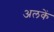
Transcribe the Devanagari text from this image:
अलकें